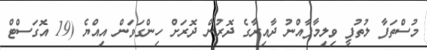
މުސްތަފާ ލުތުފީ ވިލިމާފާއްނު ދާއިރާގެ ދޮރުން ދޮރަށް ހިންގަވަން އިއްޔެ (19 އޮގަސްޓް